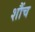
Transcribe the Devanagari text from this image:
शौंच